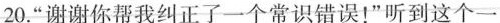
20.”谢谢你帮我纠正了一个常识错误！”听到这个一